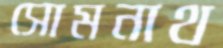
সোমনাথ